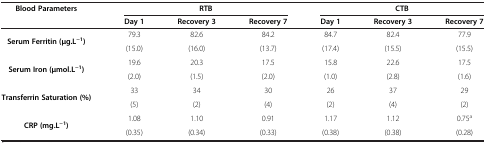
<table><thead><tr><td><b>Blood Parameters</b></td><td colspan="3"><b>RTB</b></td><td colspan="3"><b>CTB</b></td></tr><tr><td><b> </b></td><td><b>Day 1</b></td><td><b>Recovery 3</b></td><td><b>Recovery 7</b></td><td><b>Day 1</b></td><td><b>Recovery 3</b></td><td><b>Recovery 7</b></td></tr></thead><tbody><tr><td rowspan="2"><b>Serum Ferritin (μg.L</b><sup><b>−1</b></sup><b>)</b></td><td>79.3</td><td>82.6</td><td>84.2</td><td>84.7</td><td>82.4</td><td>77.9</td></tr><tr><td>(15.0)</td><td>(16.0)</td><td>(13.7)</td><td>(17.4)</td><td>(15.5)</td><td>(15.5)</td></tr><tr><td rowspan="2"><b>Serum Iron (μmol.L</b><sup><b>−1</b></sup><b>)</b></td><td>19.6</td><td>20.3</td><td>17.5</td><td>15.8</td><td>22.6</td><td>17.5</td></tr><tr><td>(2.0)</td><td>(1.5)</td><td>(2.0)</td><td>(1.0)</td><td>(2.8)</td><td>(1.6)</td></tr><tr><td rowspan="2"><b>Transferrin Saturation (%)</b></td><td>33</td><td>34</td><td>30</td><td>26</td><td>37</td><td>29</td></tr><tr><td>(5)</td><td>(2)</td><td>(4)</td><td>(2)</td><td>(4)</td><td>(2)</td></tr><tr><td rowspan="2"><b>CRP (mg.L</b><sup><b>−1</b></sup><b>)</b></td><td>1.08</td><td>1.10</td><td>0.91</td><td>1.17</td><td>1.12</td><td>0.75<sup>a</sup></td></tr><tr><td>(0.35)</td><td>(0.34)</td><td>(0.33)</td><td>(0.38)</td><td>(0.38)</td><td>(0.28)</td></tr></tbody></table>